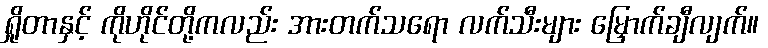
ရှိုတာနှင့် ကိုဟိုင်တို့ကလည်း အားတက်သရော လက်သီးများ မြှောက်ချီလျက်။